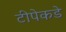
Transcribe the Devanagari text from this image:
टीपेकडे